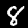
Label: 8